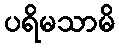
ပရိမသာမိ